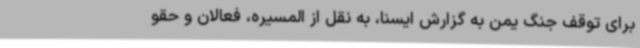
برای توقف جنگ یمن به گزارش ایسنا، به نقل از المسیره، فعالان و حقو